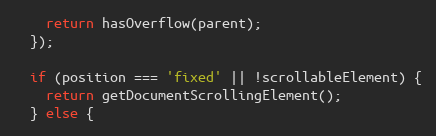
Language: JavaScript
    return hasOverflow(parent);
  });

  if (position === 'fixed' || !scrollableElement) {
    return getDocumentScrollingElement();
  } else {